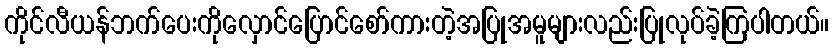
ကိုင်လီယန်ဘက်ပေးကိုလှောင်ပြောင်စော်ကားတဲ့အပြုအမူများလည်းပြုလုပ်ခဲ့ကြပါတယ်။